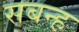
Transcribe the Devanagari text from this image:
सबन्ह